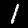
Digit: 1